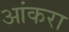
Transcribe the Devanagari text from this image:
आंकरा